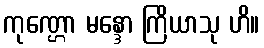
ကုဏ္ဌော မန္ဒော ကြိယာသု ဟိ။